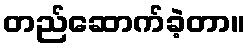
တည်ဆောက်ခဲ့တာ။